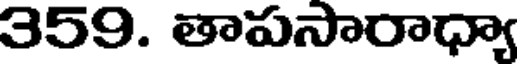
359. తాపసారాధ్యా